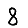
Digit: 8